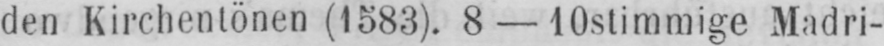
den Kirchentönen (1583). 8-10stimmige Madri-